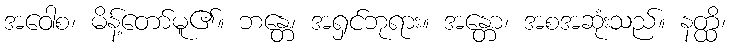
အဝေါစ၊ မိန့်တော်မူ၏။ ဘန္တေ၊ အရှင်ဘုရား။ အန္တော၊ အစအဆုံးသည်။ နတ္ထိ၊